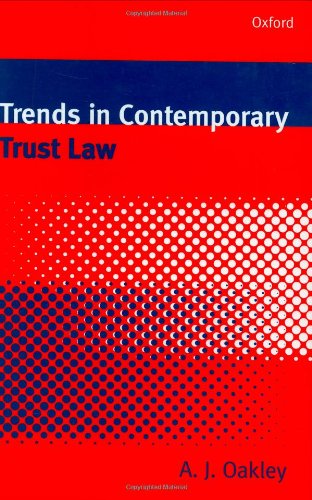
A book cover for Trends in Contemporary Trust Law; Law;